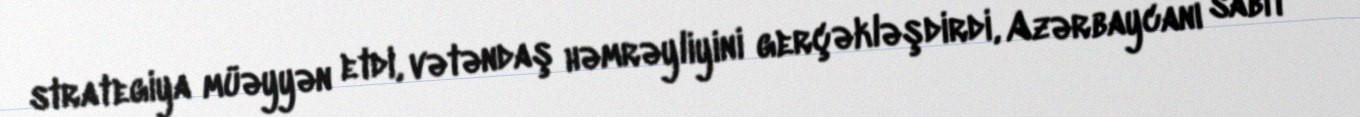
strategiya müəyyən etdi, vətəndaş həmrəyliyini gerçəkləşdirdi, Azərbaycanı sabit